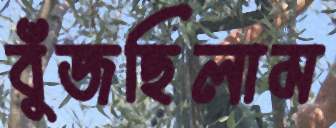
বুঁজছিলাম